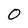
Character: O